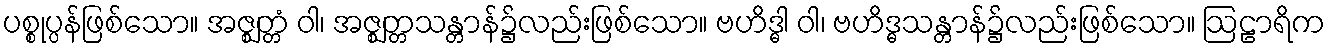
ပစ္စုပ္ပန်ဖြစ်သော။ အဇ္ဈတ္တံ ဝါ၊ အဇ္ဈတ္တသန္တာန်၌လည်းဖြစ်သော။ ဗဟိဒ္ဓါ ဝါ၊ ဗဟိဒ္ဓသန္တာန်၌လည်းဖြစ်သော။ ဩဠာရိက